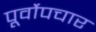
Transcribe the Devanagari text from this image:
पूर्वोपचार